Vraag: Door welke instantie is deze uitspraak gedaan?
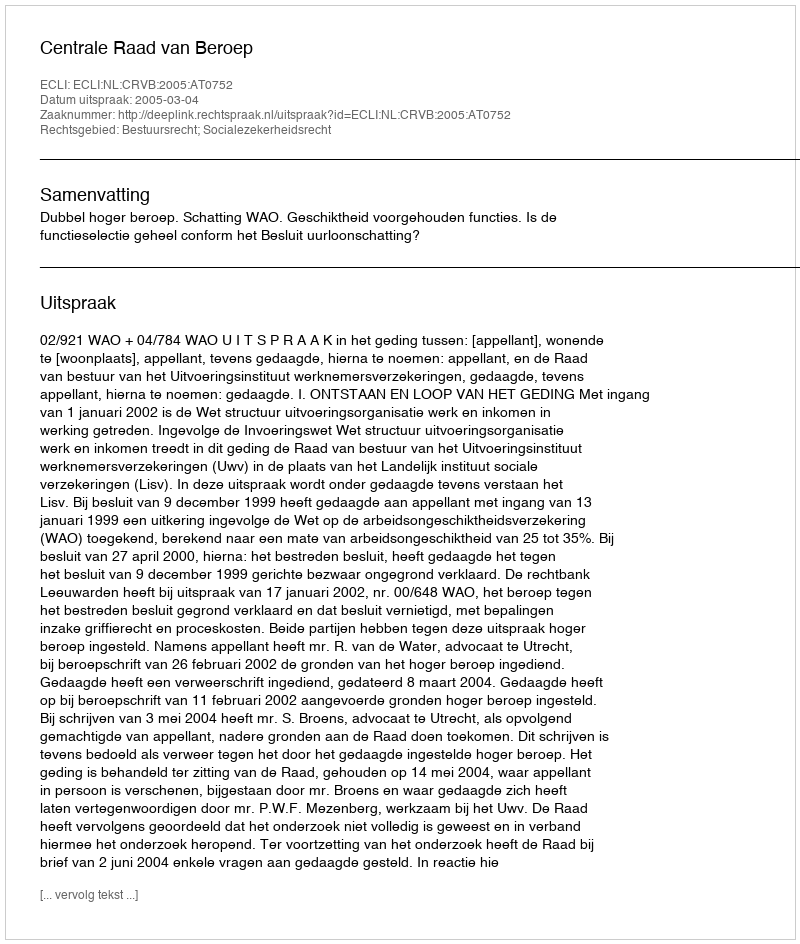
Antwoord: Centrale Raad van Beroep